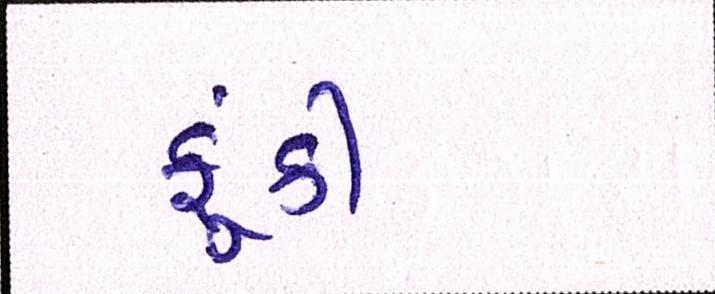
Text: ફૂંકી